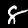
Label: 8